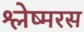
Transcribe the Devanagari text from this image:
श्लेष्मरस